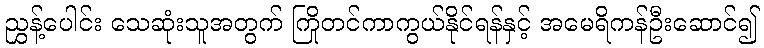
ညွှန့်ပေါင်း သေဆုံးသူအတွက် ကြိုတင်ကာကွယ်နိုင်ရန်နှင့် အမေရိကန်ဦးဆောင်၍